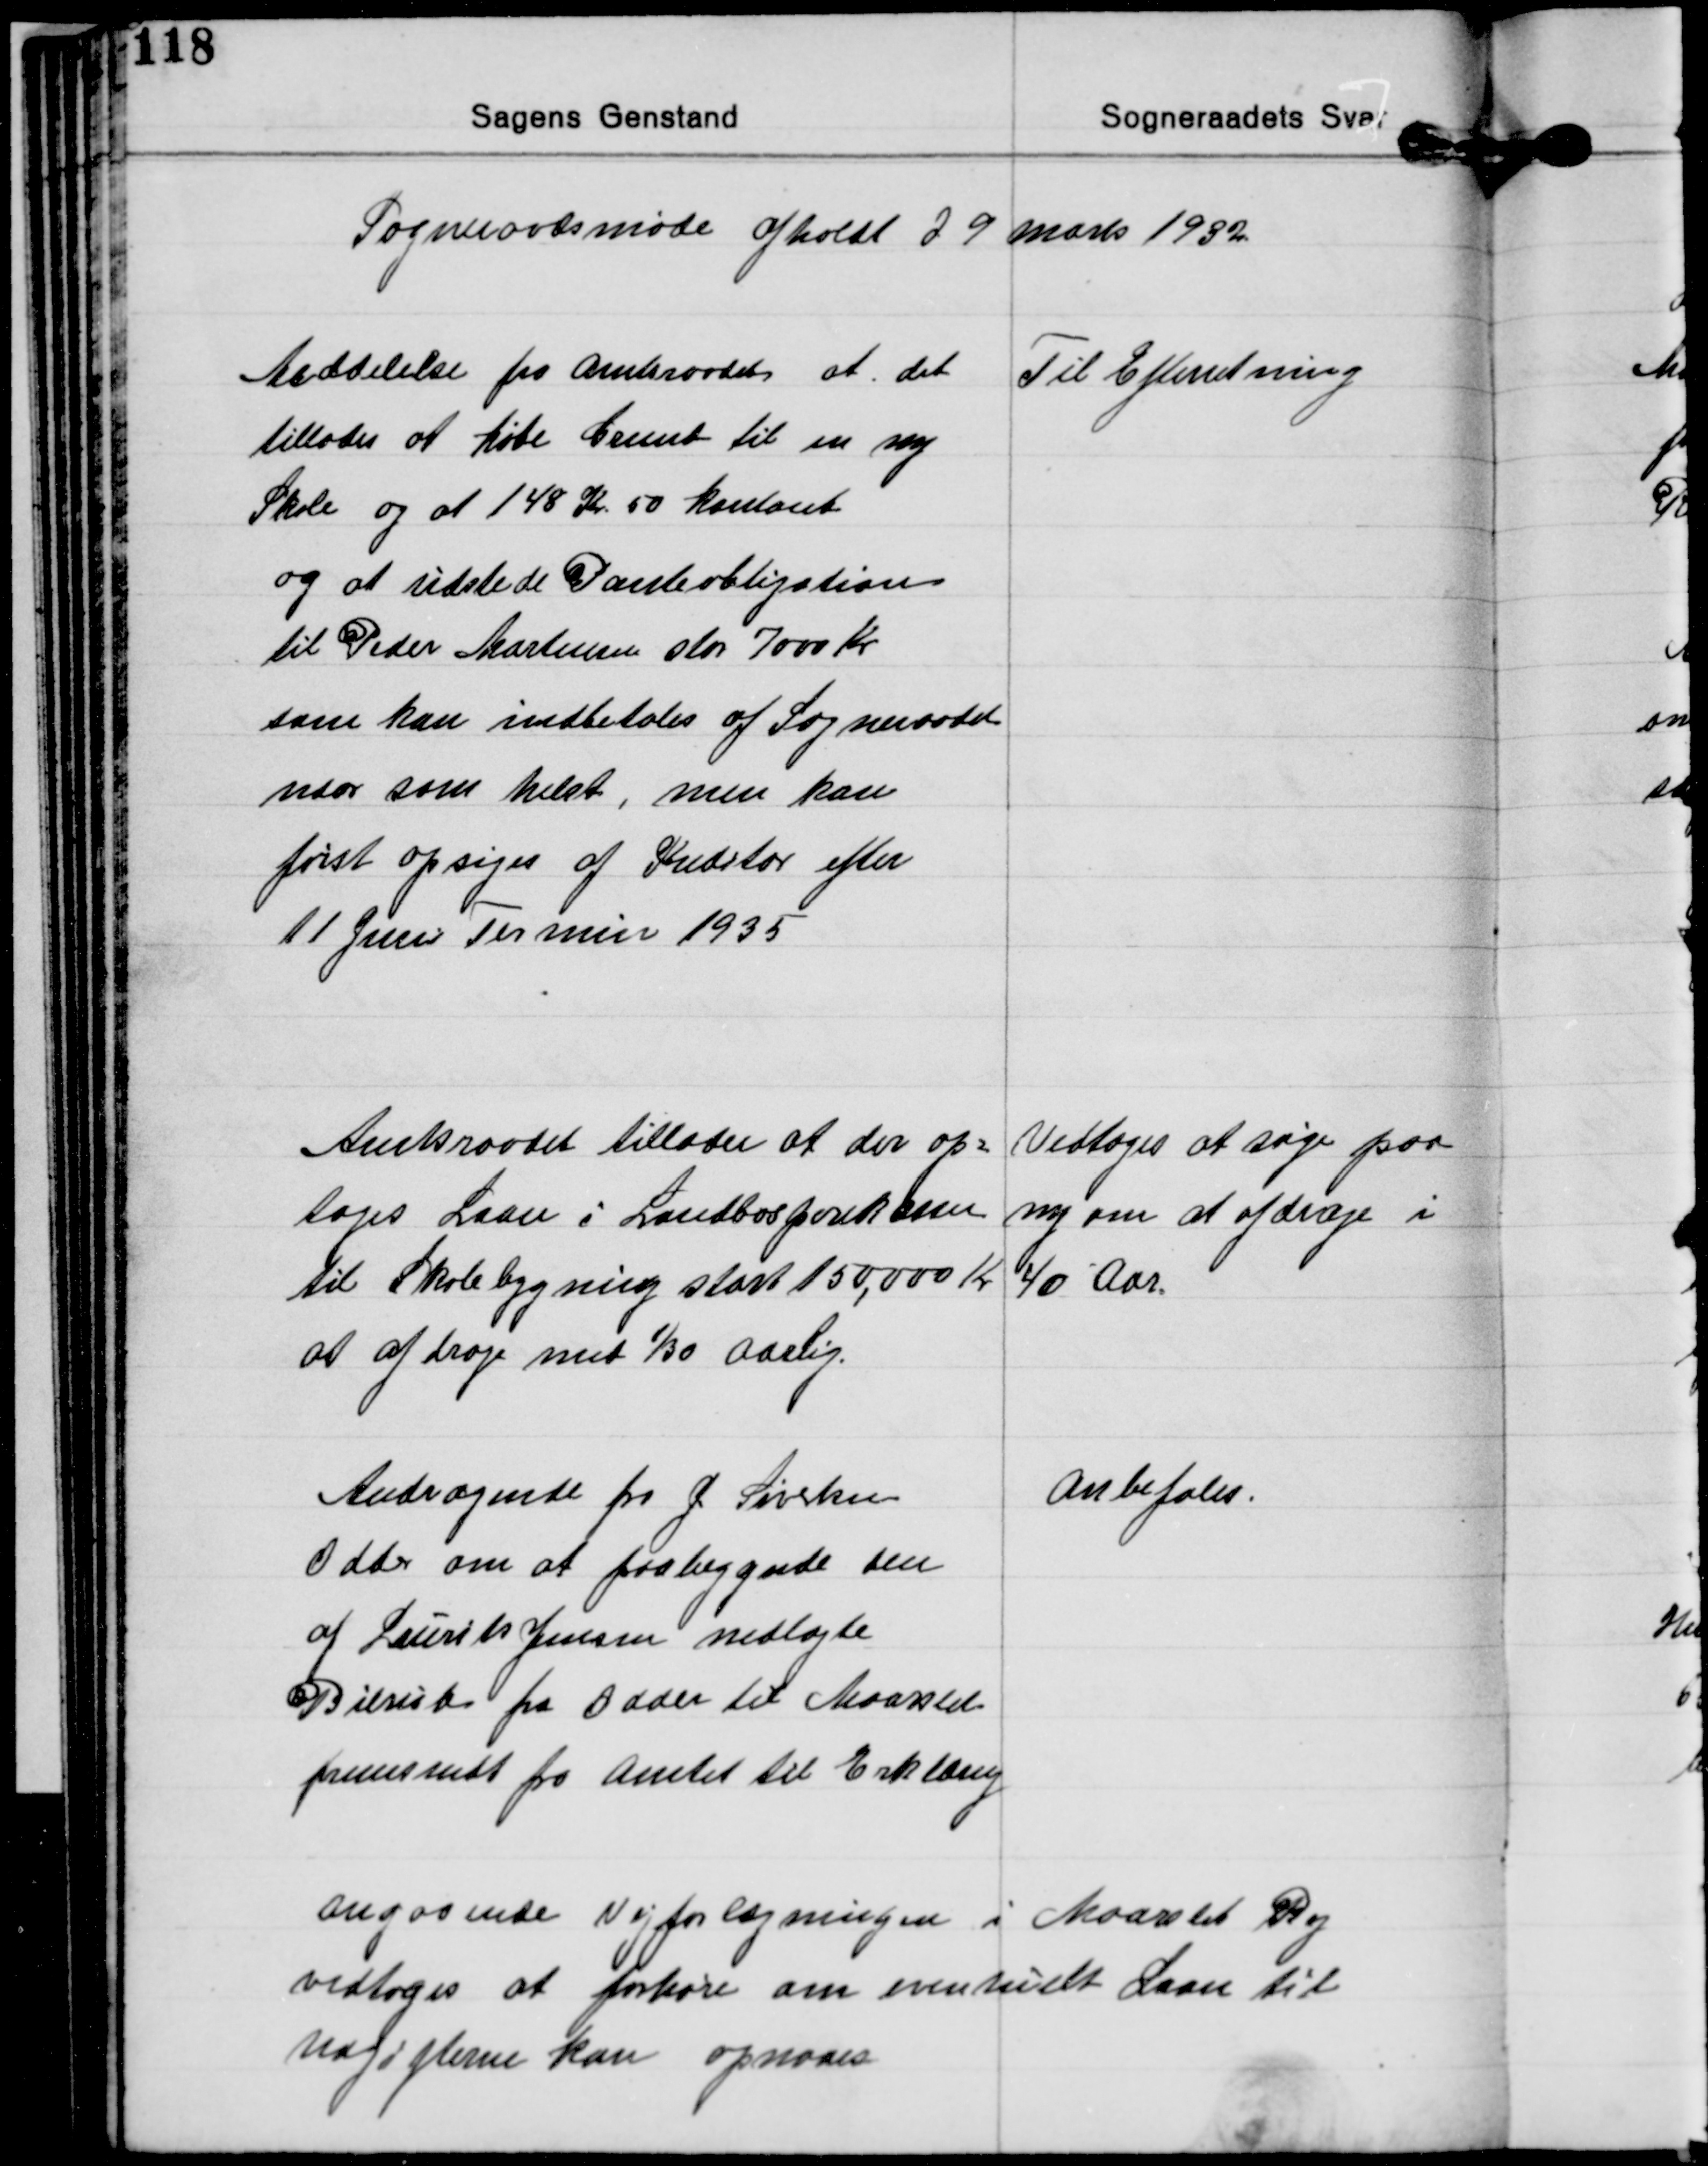
Transskription:
Sogneraadsmøde afholdt d 9 Marts 1932

Meddelelse fra Amtsraadet at det
tillodes at købe Grund til en ny
Skole og at 148 Kr 50 kontant
og at udstede Panteobligation
til Peder Mortensen stor 7000 Kr.
som kan indbetales af Sogneraadet
naar som helst, men kan
først opsiges af Kreditor efter
11 Juni Termin 1935

Til Efterretning

Amtsraadet tillader at der op-
toges Laan i Landbosparekassen
til Skolebygning stort 150,000 Kr.
at afdrage med 1/30 Aarlig.

Vedtoges at søge paa
ny om at afdrage i
40 Aar.

Andragende fra J. Sivertsen
Odder om at paabegynde den
af Laurits Jensen nedlagte
Bilrute fra Odder til Maarslet
fremsendt fra Amtet til Erklæring

Anbefales.

Angaaende Vejforlægningen i Maarslet By
vedtoges at forhøre om eventuelt Laan til
Udgifterne kan opnaaes